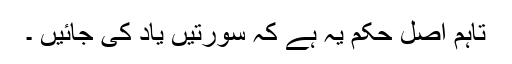
تاہم اصل حکم یہ ہے کہ سورتیں یاد کی جائیں ۔